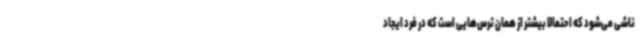
ناشی می‌شود که احتمالا بیشتر از همان ترس‌هایی است که در فرد ایجاد